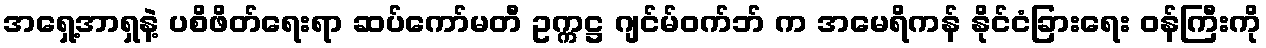
အရှေ့အာရှနဲ့ ပစိဖိတ်ရေးရာ ဆပ်ကော်မတီ ဥက္ကဋ္ဌ ဂျင်မ်ဝက်ဘ် က အမေရိကန် နိုင်ငံခြားရေး ဝန်ကြီးကို